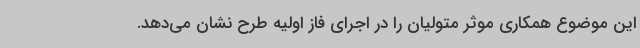
این موضوع همکاری موثر متولیان را در اجرای فاز اولیه طرح نشان می‌دهد.